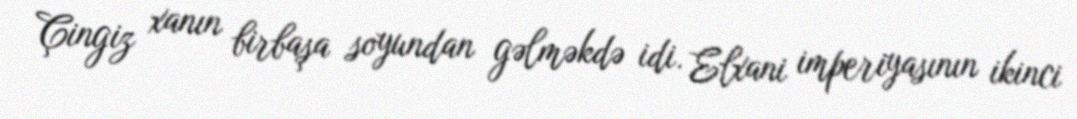
Çingiz xanın birbaşa soyundan gəlməkdə idi. Elxani imperiyasının ikinci